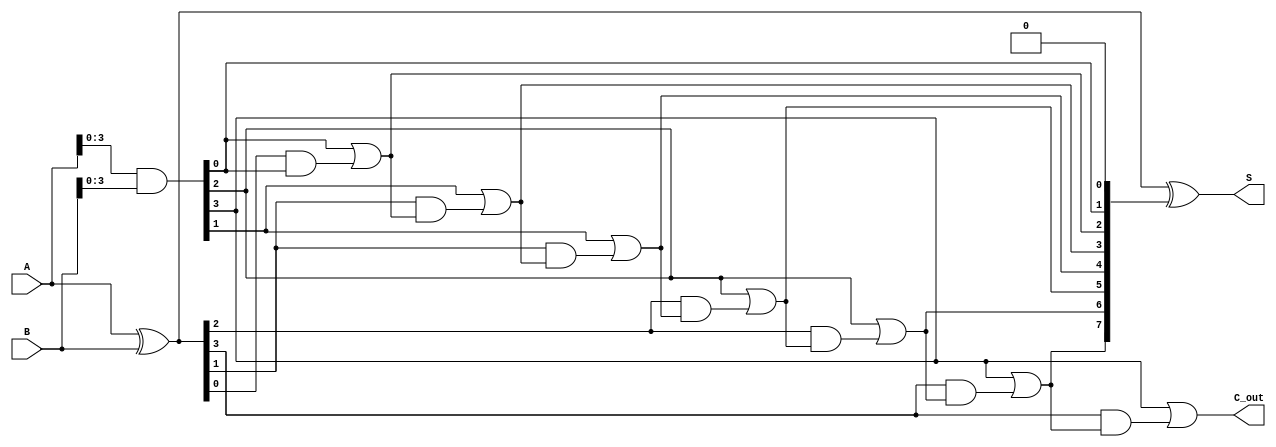
module BrentKungAdder #(parameter n = 8) (
    input [n-1:0] A,
    input [n-1:0] B,
    output [n-1:0] S,
    output C_out
);

    // Generate and Propagate signals
    wire [n-1:0] G; // Generate
    wire [n-1:0] P; // Propagate
    wire [n:0] C;   // Carry bits, C[n] is the carry out

    assign G = A & B;      // Generate: G[i] = A[i] & B[i]
    assign P = A ^ B;      // Propagate: P[i] = A[i] ^ B[i]

    // Carry calculation using Brent-Kung method
    // Stage 0
    assign C[0] = 0; // Initial carry is 0

    // Stage 1
    genvar i;
    generate
        for (i = 0; i < n/2; i = i + 1) begin : stage1
            assign C[2*i + 1] = G[i] | (P[i] & C[2*i]);     // C[2i + 1]
            assign C[2*i + 2] = G[i] | (P[i] & C[2*i + 1]); // C[2i + 2]
        end
    endgenerate

    // Stage 2 and higher can be added as needed
    // For simplicity, let's assume n is a power of 2 for the depth calculation

    // Final carry out
    assign C_out = C[n];

    // Sum calculation
    assign S = P ^ {C[n-1:0]}; // S[i] = P[i] ^ C[i]

endmodule